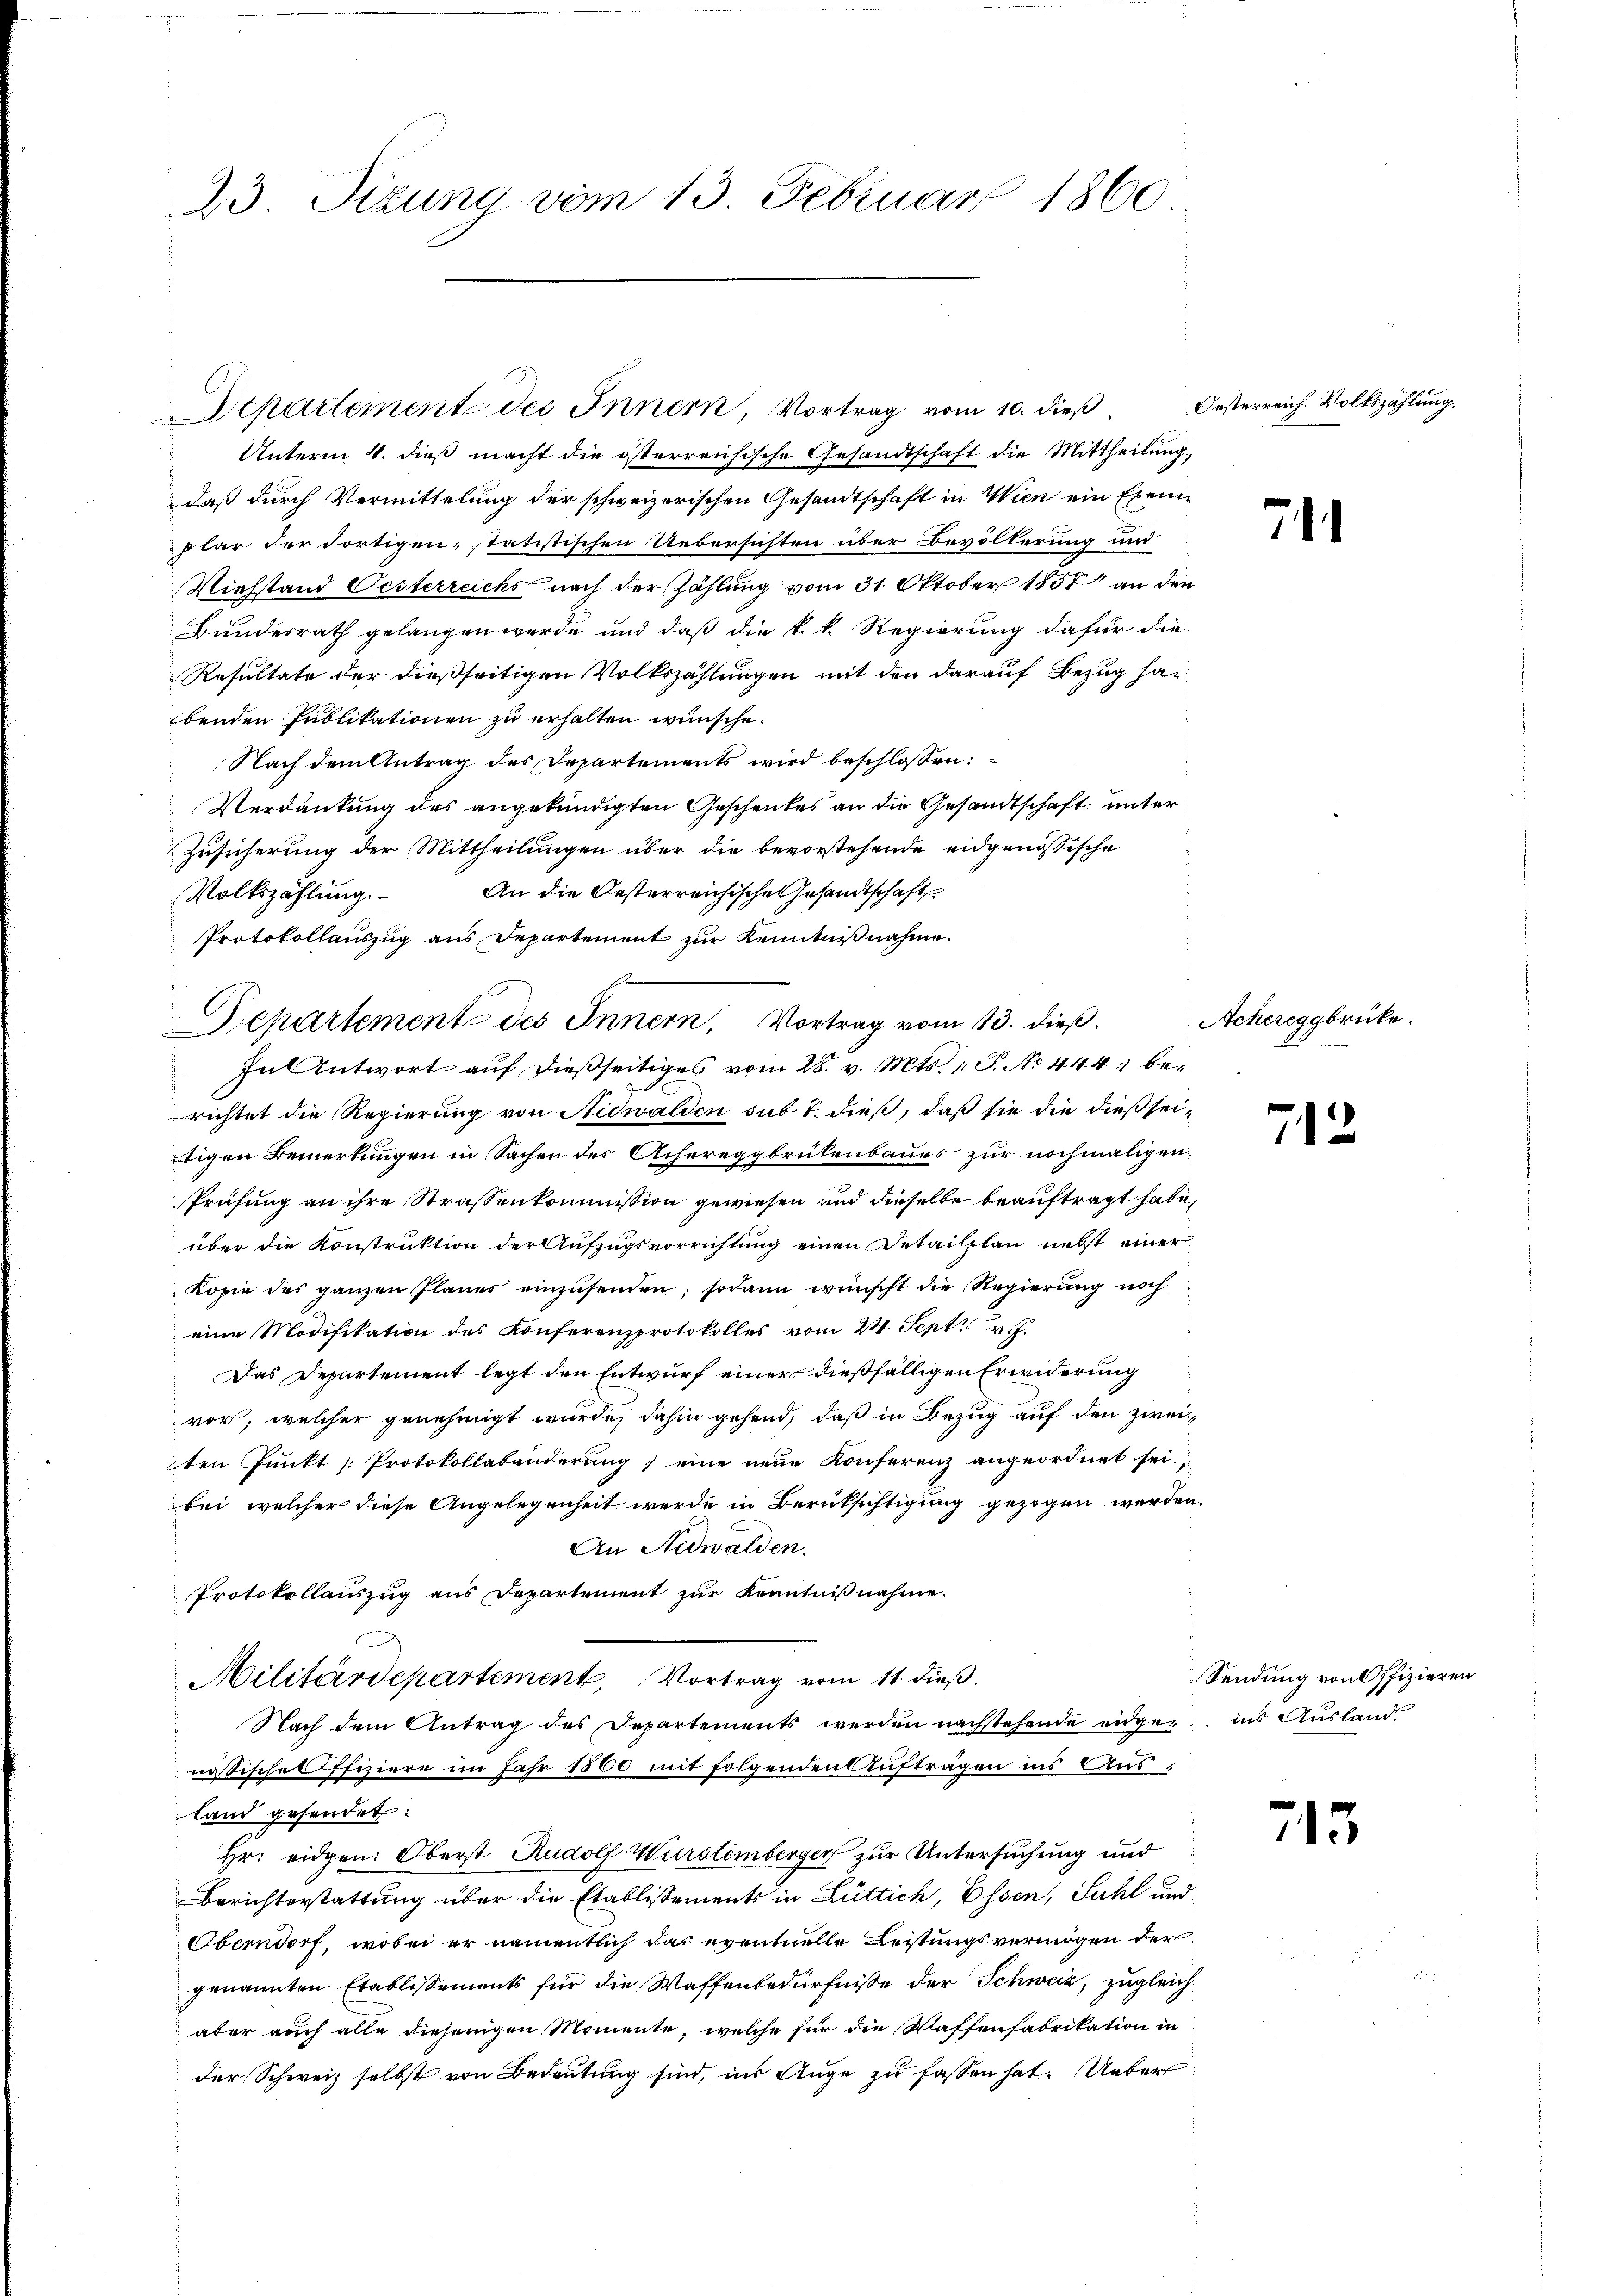
23 Sizung vom 13. Februar 1860

Departement des Innern, Vortrag vom 13. dieß.

Unterm 4. dieß macht die österreichische Gesandtschaft die Mittheilung,
daß durch Vermittelung der schweizerischen Gesandtschaft in Wien ein Exemplar der dortigen, statistischen Uebersichten über Bevölkerung und
Viehstand Oesterreichs nach der Zählung vom 31. Oktober 1851 an den
Bundesrath gelangen werde und daß die k. k. Regierung dafür die
Resultate der dießseitigen Volkszählungen mit den darauf Bezug han
benden Publikationen zu erhalten wünsche.
Nach dem Antrag des Departements wird beschlossen:
Verdankung des angekündigten Geschenkes an die Gesandtschaft unter
Zusicherung der Mittheilungen über die bevorstehende eidgenössische
An die Oesterreichisches Gesandtschaft
Volkszählung.
Protokollauszug aus Departement zur Kenntnißnahme.
In Antwort auf dießseitiges vom 28. v. Mts. 1. P. No. 444 berichtet die Regierung von Nidwalden sub 7. dieß, daß sie die dießseitigen Bemerkungen in Sachen der Achereggbrükenbaues zur nochmaligen.
Prüfung an ihre Strassenkommission gewiesen und dieselbe beauftragt habe,
über die Konstruktion der Aufzugsvorrichtung einen Detailplan nebst einer
Kopie des ganzen Planes einzusenden; sodann wünscht die Regierung noch
eine Modifikation des Konferenzprotokolles vom 24. Sept 17.
Das Departement legt den Entwurf einer dießfälligen Erwiderung
vor, welcher genehmigt wurde, dahin gehend, daß in Bezug auf den zweiten Punkt [Protokollabänderung, eine neue Konferenz angeordnet sei,
bei, welcher diese Angelegenheit werde in Berüksichtigung gezogen werden.
An Nidwalden.
Protokollauszug aus Departement zur Kenntnißnahme.
Militärdepartement, Vortrag vom 11. dieß.
Nach dem Antrag des Departements werden nachstehende eidgen., ins Auslandnösischen Ofiziere im Jahr 1860 mit folgenden Auftragen ins Ausland gesendet:
Hr. eidgen: Oberst Rudolf Wurstemberger zur Untersuchung und
Berichterstattung über die Etablissements in Lüttich, Essen, Suhl und
Oberndorf, wobei er namentlich das eventuelle Leistungsvermögen der
genannten Etablissements für die Waffenbedürfnisse der Schweiz, zugleichaber auch alle diejenigen Momente, welche für die Waffenfabrikation in
der Schweiz selbst von Bedeutung sind, ins Auge zu fassen hat. Ueber

Departement des Innern, Vortrag vom 10. dieß

Oesterreich. Volkszählung.

7

Achereggbrücke.

713

Sendung von Offizieren

713